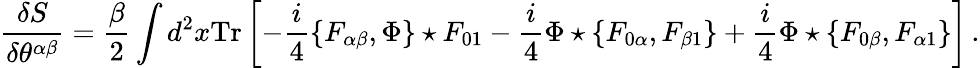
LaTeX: \frac{\delta S}{\delta\theta^{\alpha\beta}}=\frac{\beta}{2}\int d^{2}x{\mathrm{Tr}}\left[-\frac i4\{ F_{\alpha\beta},\Phi\} \star F_{01}-\frac i4\Phi\star\{ F_{0\alpha},F_{\beta 1}\} +\frac i4\Phi\star\{ F_{0\beta},F_{\alpha 1}\} \right]\, .